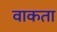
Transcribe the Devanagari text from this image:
वाकता